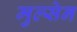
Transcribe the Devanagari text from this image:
मुल्सेन